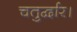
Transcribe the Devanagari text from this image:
चतुर्द्वार।